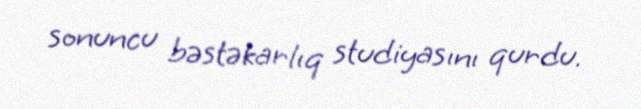
sonuncu bəstəkarlıq studiyasını qurdu.